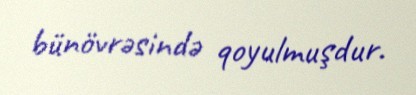
bünövrəsində qoyulmuşdur.